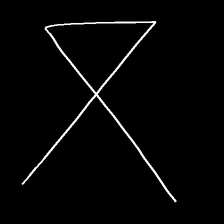
Glyph: collection